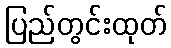
ပြည်တွင်းထုတ်